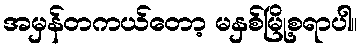
အမှန်တကယ်တော့ မနှစ်မြို့စရာပါ။